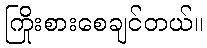
ကြိုးစားစေချင်တယ်။